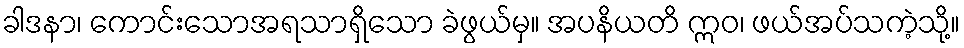
ခါဒနာ၊ ကောင်းသောအရသာရှိသော ခဲဖွယ်မှ။ အပနိယတိ ဣဝ၊ ဖယ်အပ်သကဲ့သို့။